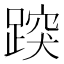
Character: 𨃍